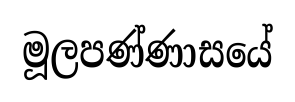
මූලපණ්ණාසයේ